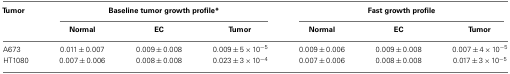
| Tumor | <COLSPAN=3> Baseline tumor growth profile* | <COLSPAN=3> Fast growth profile |
 |  | Normal | EC | Tumor | Normal | EC | Tumor |
 | --- | --- | --- | --- | --- | --- | --- |
 | A673 | 0.011 ± 0.007 | 0.009 ± 0.008 | 0.009 ± 5 × 10−5 | 0.009 ± 0.006 | 0.009 ± 0.008 | 0.007 ± 4 × 10−5 |
 | HT1080 | 0.007 ± 0.006 | 0.008 ± 0.008 | 0.023 ± 3 × 10−4 | 0.007 ± 0.006 | 0.008 ± 0.008 | 0.017 ± 3 × 10−5 |